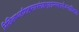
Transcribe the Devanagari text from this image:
निखिलषऽर्हाशास्त्रसारसंग्रहभूतग्रन्थकरणेऽप्यधिकारः